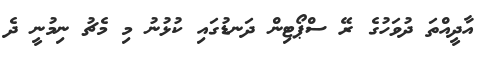
އާދީއްތަ ދުވަހުގެ ރޭ ސްޕޯޓިން ދަނޑުގައި ކުޅުނު މި މެޗު ނިމުނީ ދެ